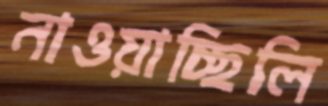
নাওয়াচ্ছিলি